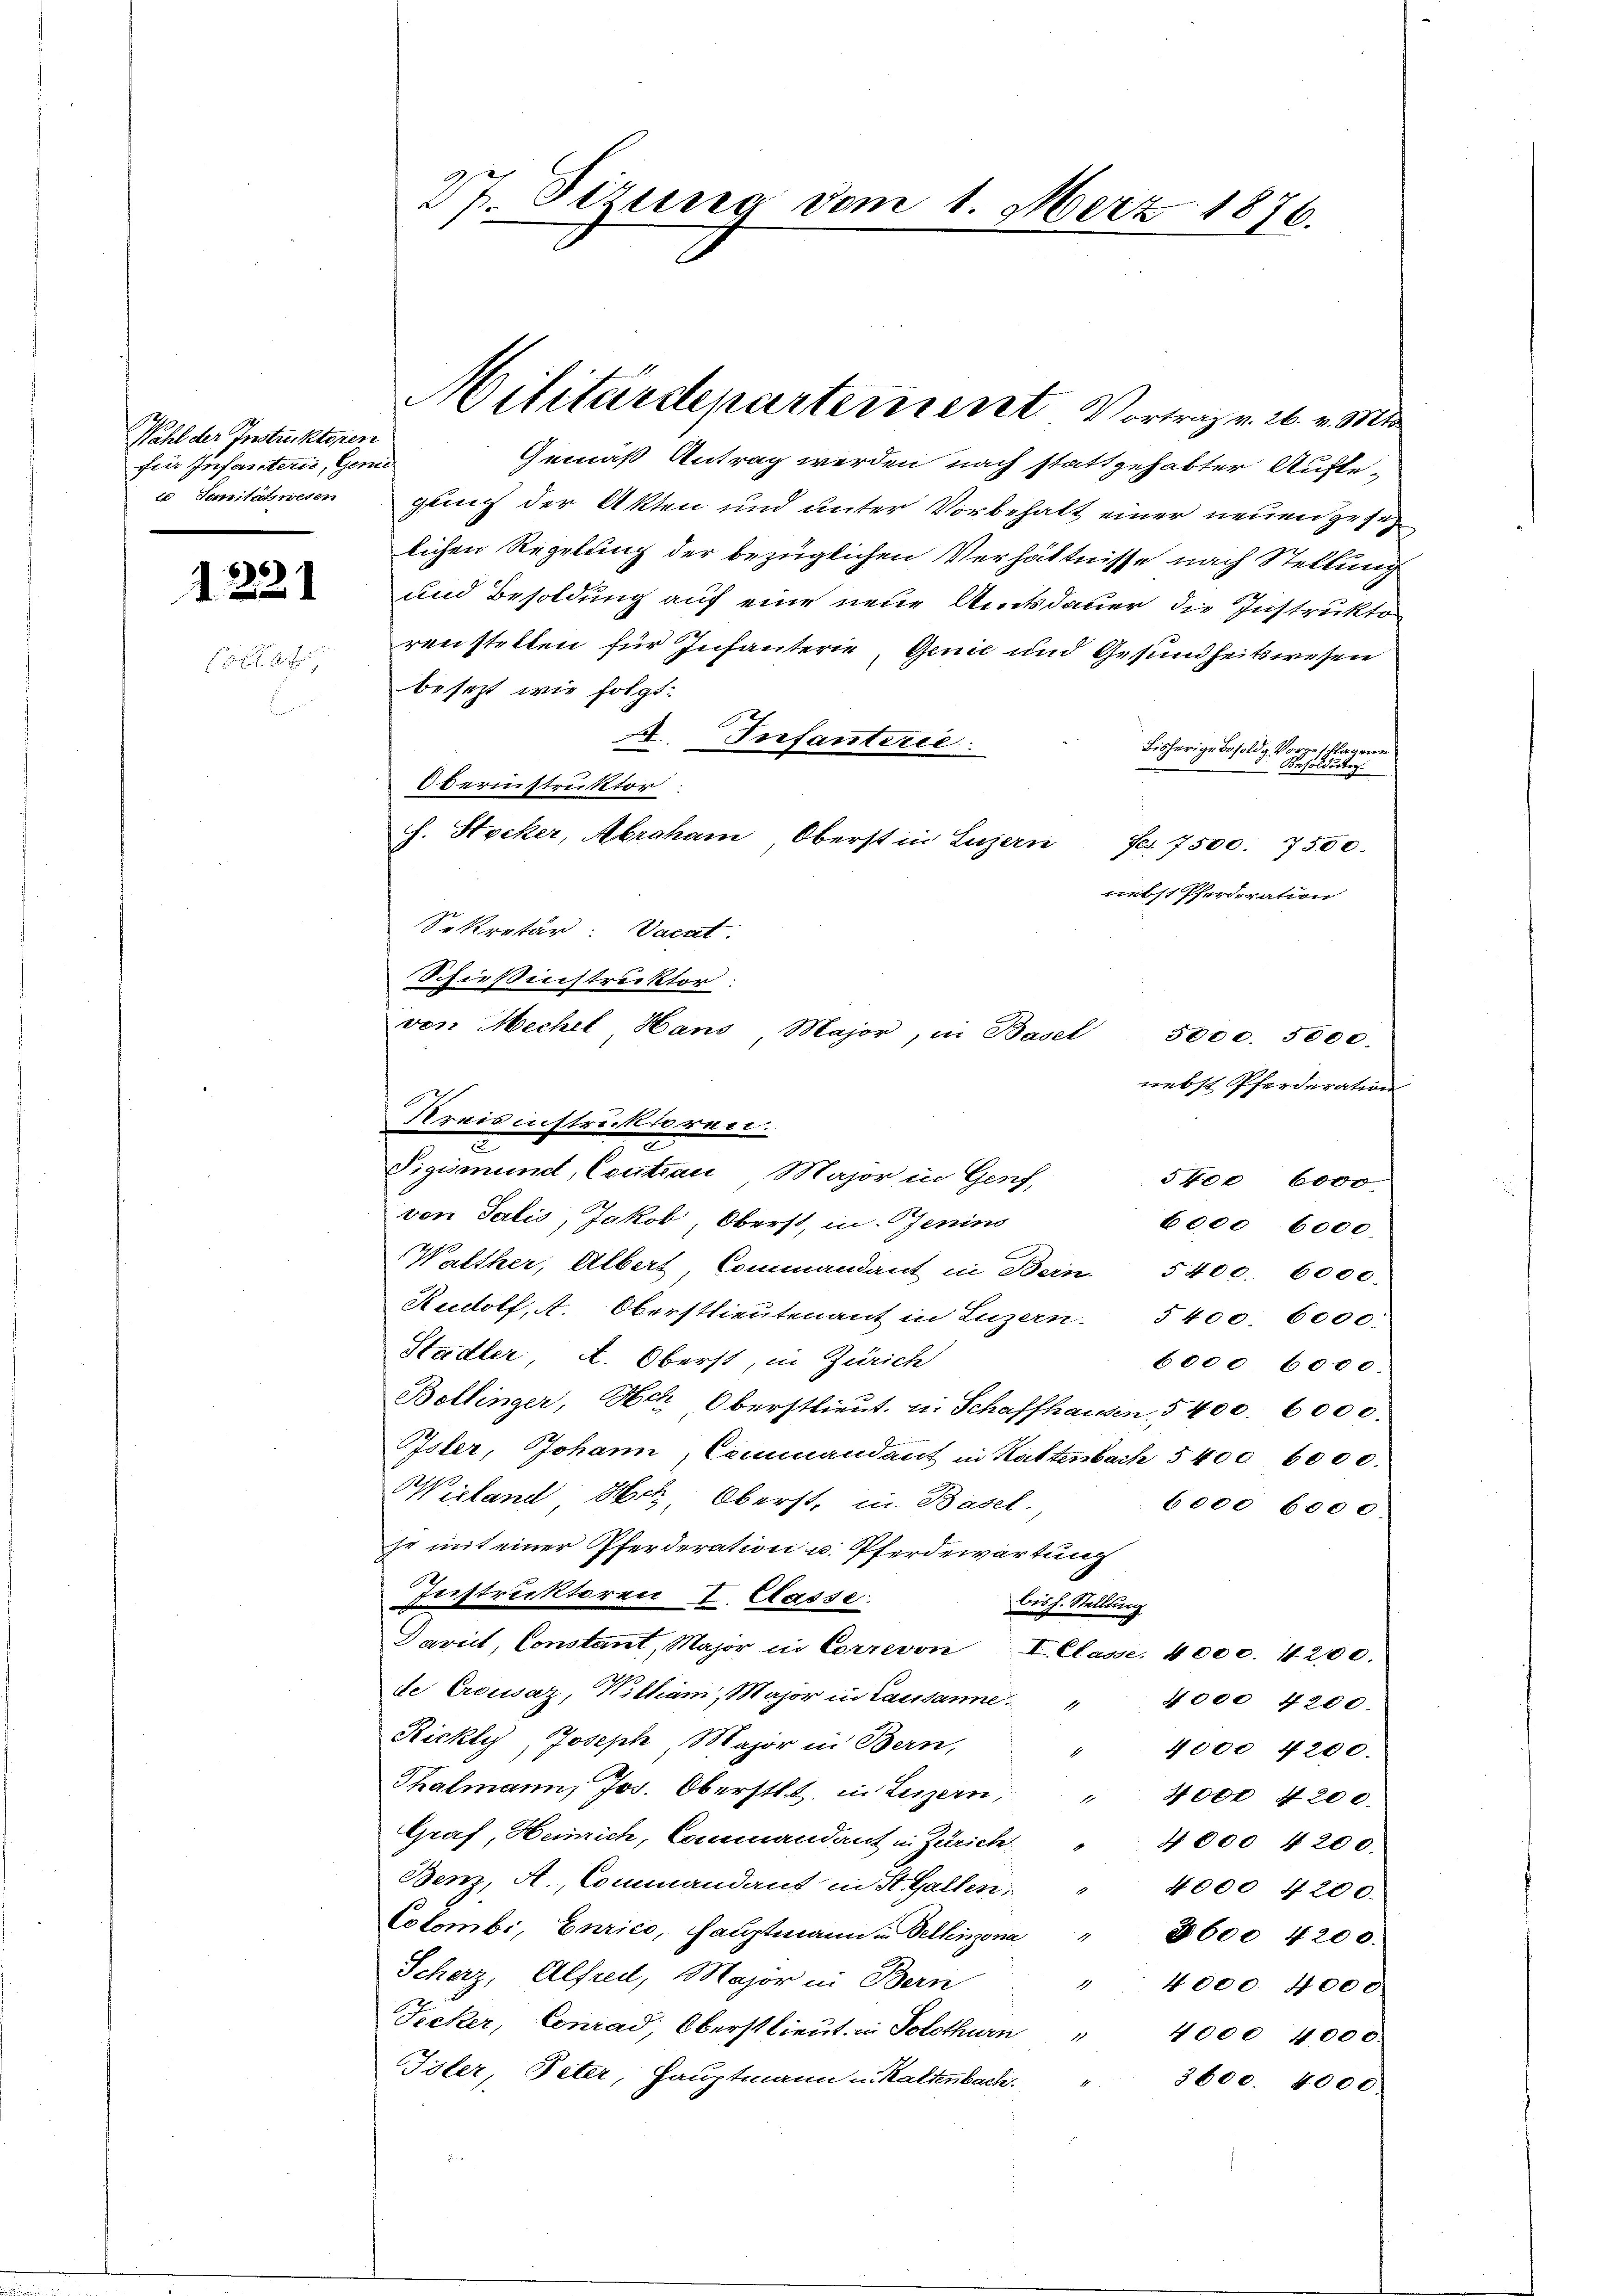
Wahl der Instruktoren
für Infanterii, Gene
u Sanitätswesen

1221

Gemäß Antrag werden nach stattgehabter Auflegleich der Akten und unter Vorbehalt einer neuen gesez
lichen Regelung der bezüglichen Verhältnisse nach Stellung
und Besoldung auf eine neue Amtsdauer die Instrukto
renstellen für Infanterie, Genie und Gesundheitswesen
besezt wie folgt:
A. Infanterie.
Bisherige Besoldg Vorgeschlagen
1 Besoldung
Obernstruktor.
h. Stocker, Abraham Oberst in Luzern
Fr. 7500. 7500.
nebst Pferdration
Sekretär: Vacat.
Schießinstruckter.
3000. 3000.
nebst Pferderation
Preisinstrecktoren.
c
7
Pigismund, Coutian Major in Genf,
5te 6000
von Salis, Jakob, Oberst, in Genins
booe 6000
Welther, Albert Commandant in Bern. 5400. 6000.
Rudolf, A. Oberstlieutenant in Luzern. 5400. 6000.
Stadler A. Oberst, in Zürich
6000 6000.
Bollinger, Hch. Oberstlieut. in Schaffhausen, 5 400. 6000.
Psler, Johann, Commandant in Kattenbach § 400 6000.
Wieland Hotz, Oberst, in Basel.
6000 6000
je mit einer Pferderation u. Pferdewartung
Instruktoren 7. Rasse:
bis h. Stellung
Davidt, Constant, Major in Correvon I. Classe. 4000. 1200.
de Crousaz, Witham, Major in Lausanne. " " 4000 4200.
Ricky, Joseph Major in Bern,
" 4000 4200.
Thalmann, Jos. Oberstet. in Luzern, " 4000 4200.
Graf, Heinrich, Commandant in Zürich
4000 4200.
Benz, A., Commandant in St. Gallen:
4000 4200.
Colombi, Enzico, Hauptmann in Dellinzona
8600. 4200.
Scherz, Alfreil, Major in Bern
" 4000. 4000.
Sicker, Conrad Oberstlieut. in Solothurn " 4000 4000.
Toler, Peter, Hauptmann u. Kaltenbach.
3600. 4000.

27. Sizung vom 1. März 1876.

Militärdepartement Vortrag v. 26. v. Mt

von Mechel Hans Major, in Basel